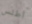
أطلس